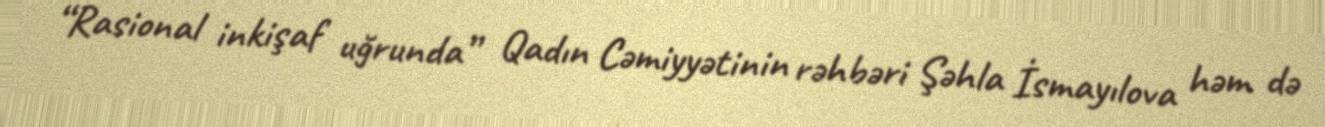
“Rasional inkişaf uğrunda” Qadın Cəmiyyətinin rəhbəri Şəhla İsmayılova həm də